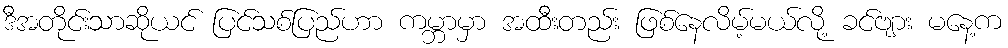
ဒီအတိုင်းသာဆိုယင် ပြင်သစ်ပြည်ဟာ ကမ္ဘာမှာ အထီးတည်း ဖြစ်နေလိမ့်မယ်လို့ ခင်ဗျား မနေ့က